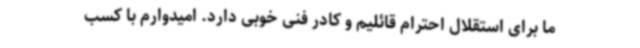
ما برای استقلال احترام قائلیم و کادر فنی خوبی دارد. امیدوارم با کسب